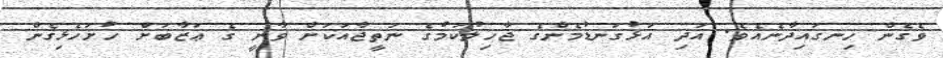
ވެގެން ހިނގައިދާނެއެވެ. އަދި އަޅުގަނޑުމެންގެ ޖާހިލުކަމުގެ ނަތީޖާއަކަށް ވާނީ ގެ ޢަޒާބަށް ހުށަހެޅިގެން